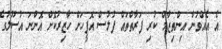
އެ އެއްވުން އިންތިޒާމް ކުރި ފަރާތްތައް ފުލުސް އޮފީހަށް ހާޒިރުކޮށް އޮންނަ އުސޫލުގެ